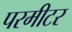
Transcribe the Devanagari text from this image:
परमीटर